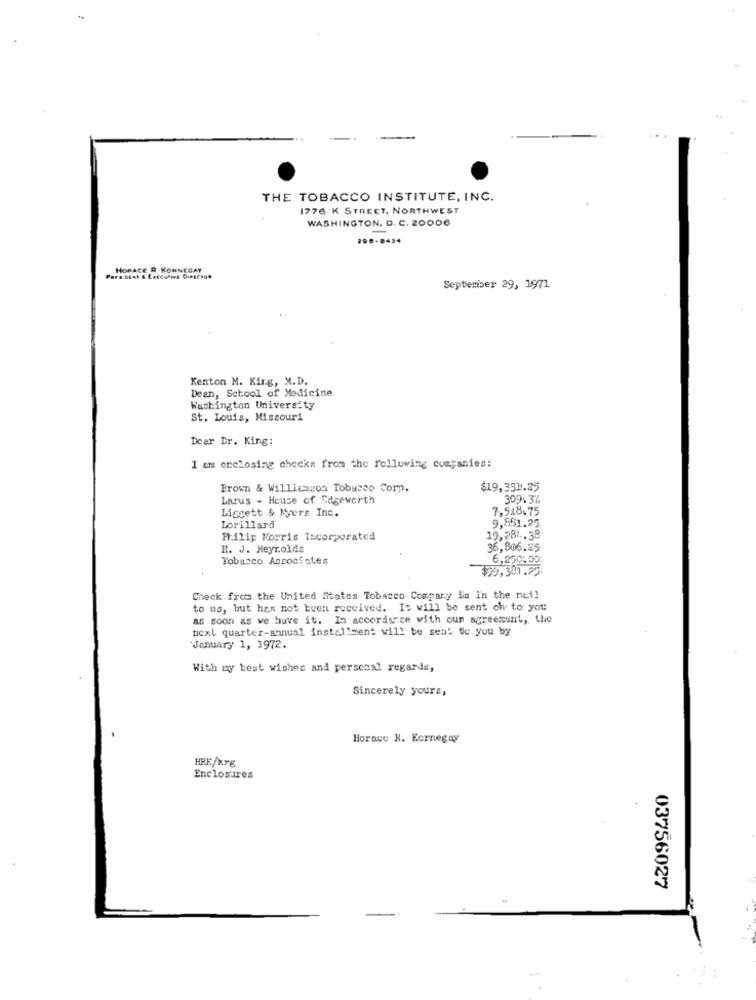
THE TOBACCO INSTITUTE, INC.
1776 K STREET, NORTHWEST
WASHINGTON, D. C. 20006
HORACE R KONNECAY
September 29, 1971
Kenton M. Kirg, M.D.
Dean, School of Medicine
Washington University
St. Louis, Missouri
Deer Dr. King:
I am enclosing checks from the following companies:
Brown & Williamzon Tobacco Corp.
$19,351.25
Larus - House of Edgeworth
309:37
Liggett & Myers Inc.
7,548.75
9,881.25
Lorillard
H:ilip Morris Tucorporated
19,281. 38
R. J. Heyr.olds
36,806.25
Tobacco Associates
6,250:00
$79,301.25
Check from the United States Tobacco Company ia in the null
to us, but has not been received. It will be sent ch to you
as soon as we have it. In accordsice with oun agreement, the
next quarter-annual installment will be sent to you by
"January 1, 1972.
With my best wishes and personal regards,
Sincerely yours,
Horace R. Kernegay
HRK/krg
Enclosures
03756027